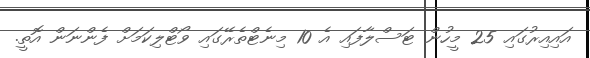
އައިއިރުގައި 25 މީހުން ޓަސްލާފައި އެ 10 މިނެޓްތެރޭގައި ވޯޓްލިކަމަށް ފެންނަން އޮތީ.